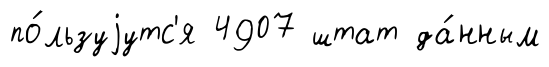
по́льзуjутс'я 4907 штат да́нным